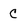
Character: c